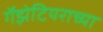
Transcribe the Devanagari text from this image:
गॅझेटियराच्या